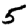
Digit: 5